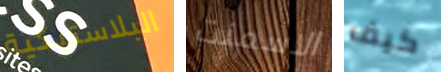
البلاستيكية الاسمنت كيف